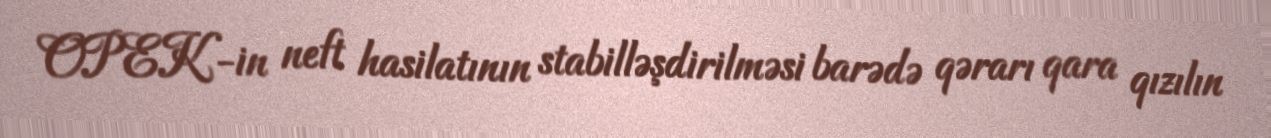
OPEK-in neft hasilatının stabilləşdirilməsi barədə qərarı qara qızılın